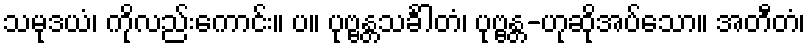
သမုဒယံ၊ ကိုလည်းကောင်း။ ပ။ ပုဗ္ဗန္တသင်္ခါတံ၊ ပုဗ္ဗန္တ-ဟုဆိုအပ်သော။ အတီတံ၊